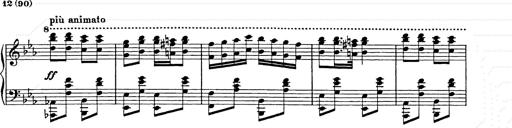
Title: Hungarian Rhapsody No.9
Composer: Franz Liszt
Key: E-flat major